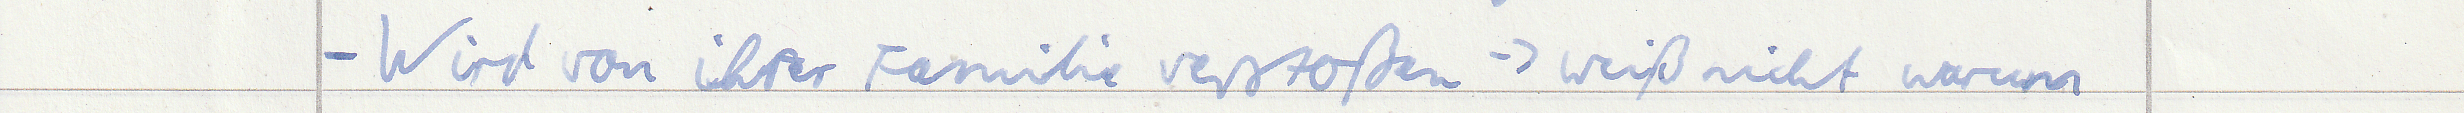
- Wird von ihrer Familie verstoßen -> weiß nicht warum